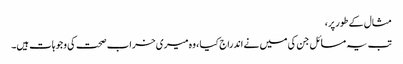
مثال کے طور پر،
تب یہ مسائل جن کی میں نے اندراج کیا ، وہ میری خراب صحت کی وجوہات ہیں۔